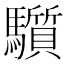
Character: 𩧄